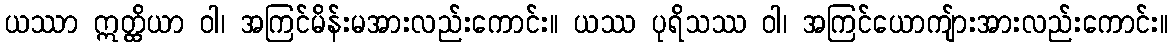
ယဿာ ဣတ္ထိယာ ဝါ၊ အကြင်မိန်းမအားလည်းကောင်း။ ယဿ ပုရိသဿ ဝါ၊ အကြင်ယောကျ်ားအားလည်းကောင်း။